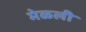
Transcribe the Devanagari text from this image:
मेळ्ली